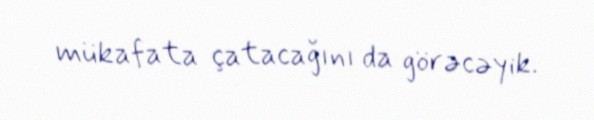
mükafata çatacağını da görəcəyik.